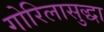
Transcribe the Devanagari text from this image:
गोरिलासुद्धा